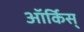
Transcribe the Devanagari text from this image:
ऑर्किस्